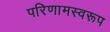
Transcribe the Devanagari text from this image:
परिणामस्वरूप